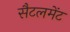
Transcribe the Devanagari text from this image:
सैटलमेंट